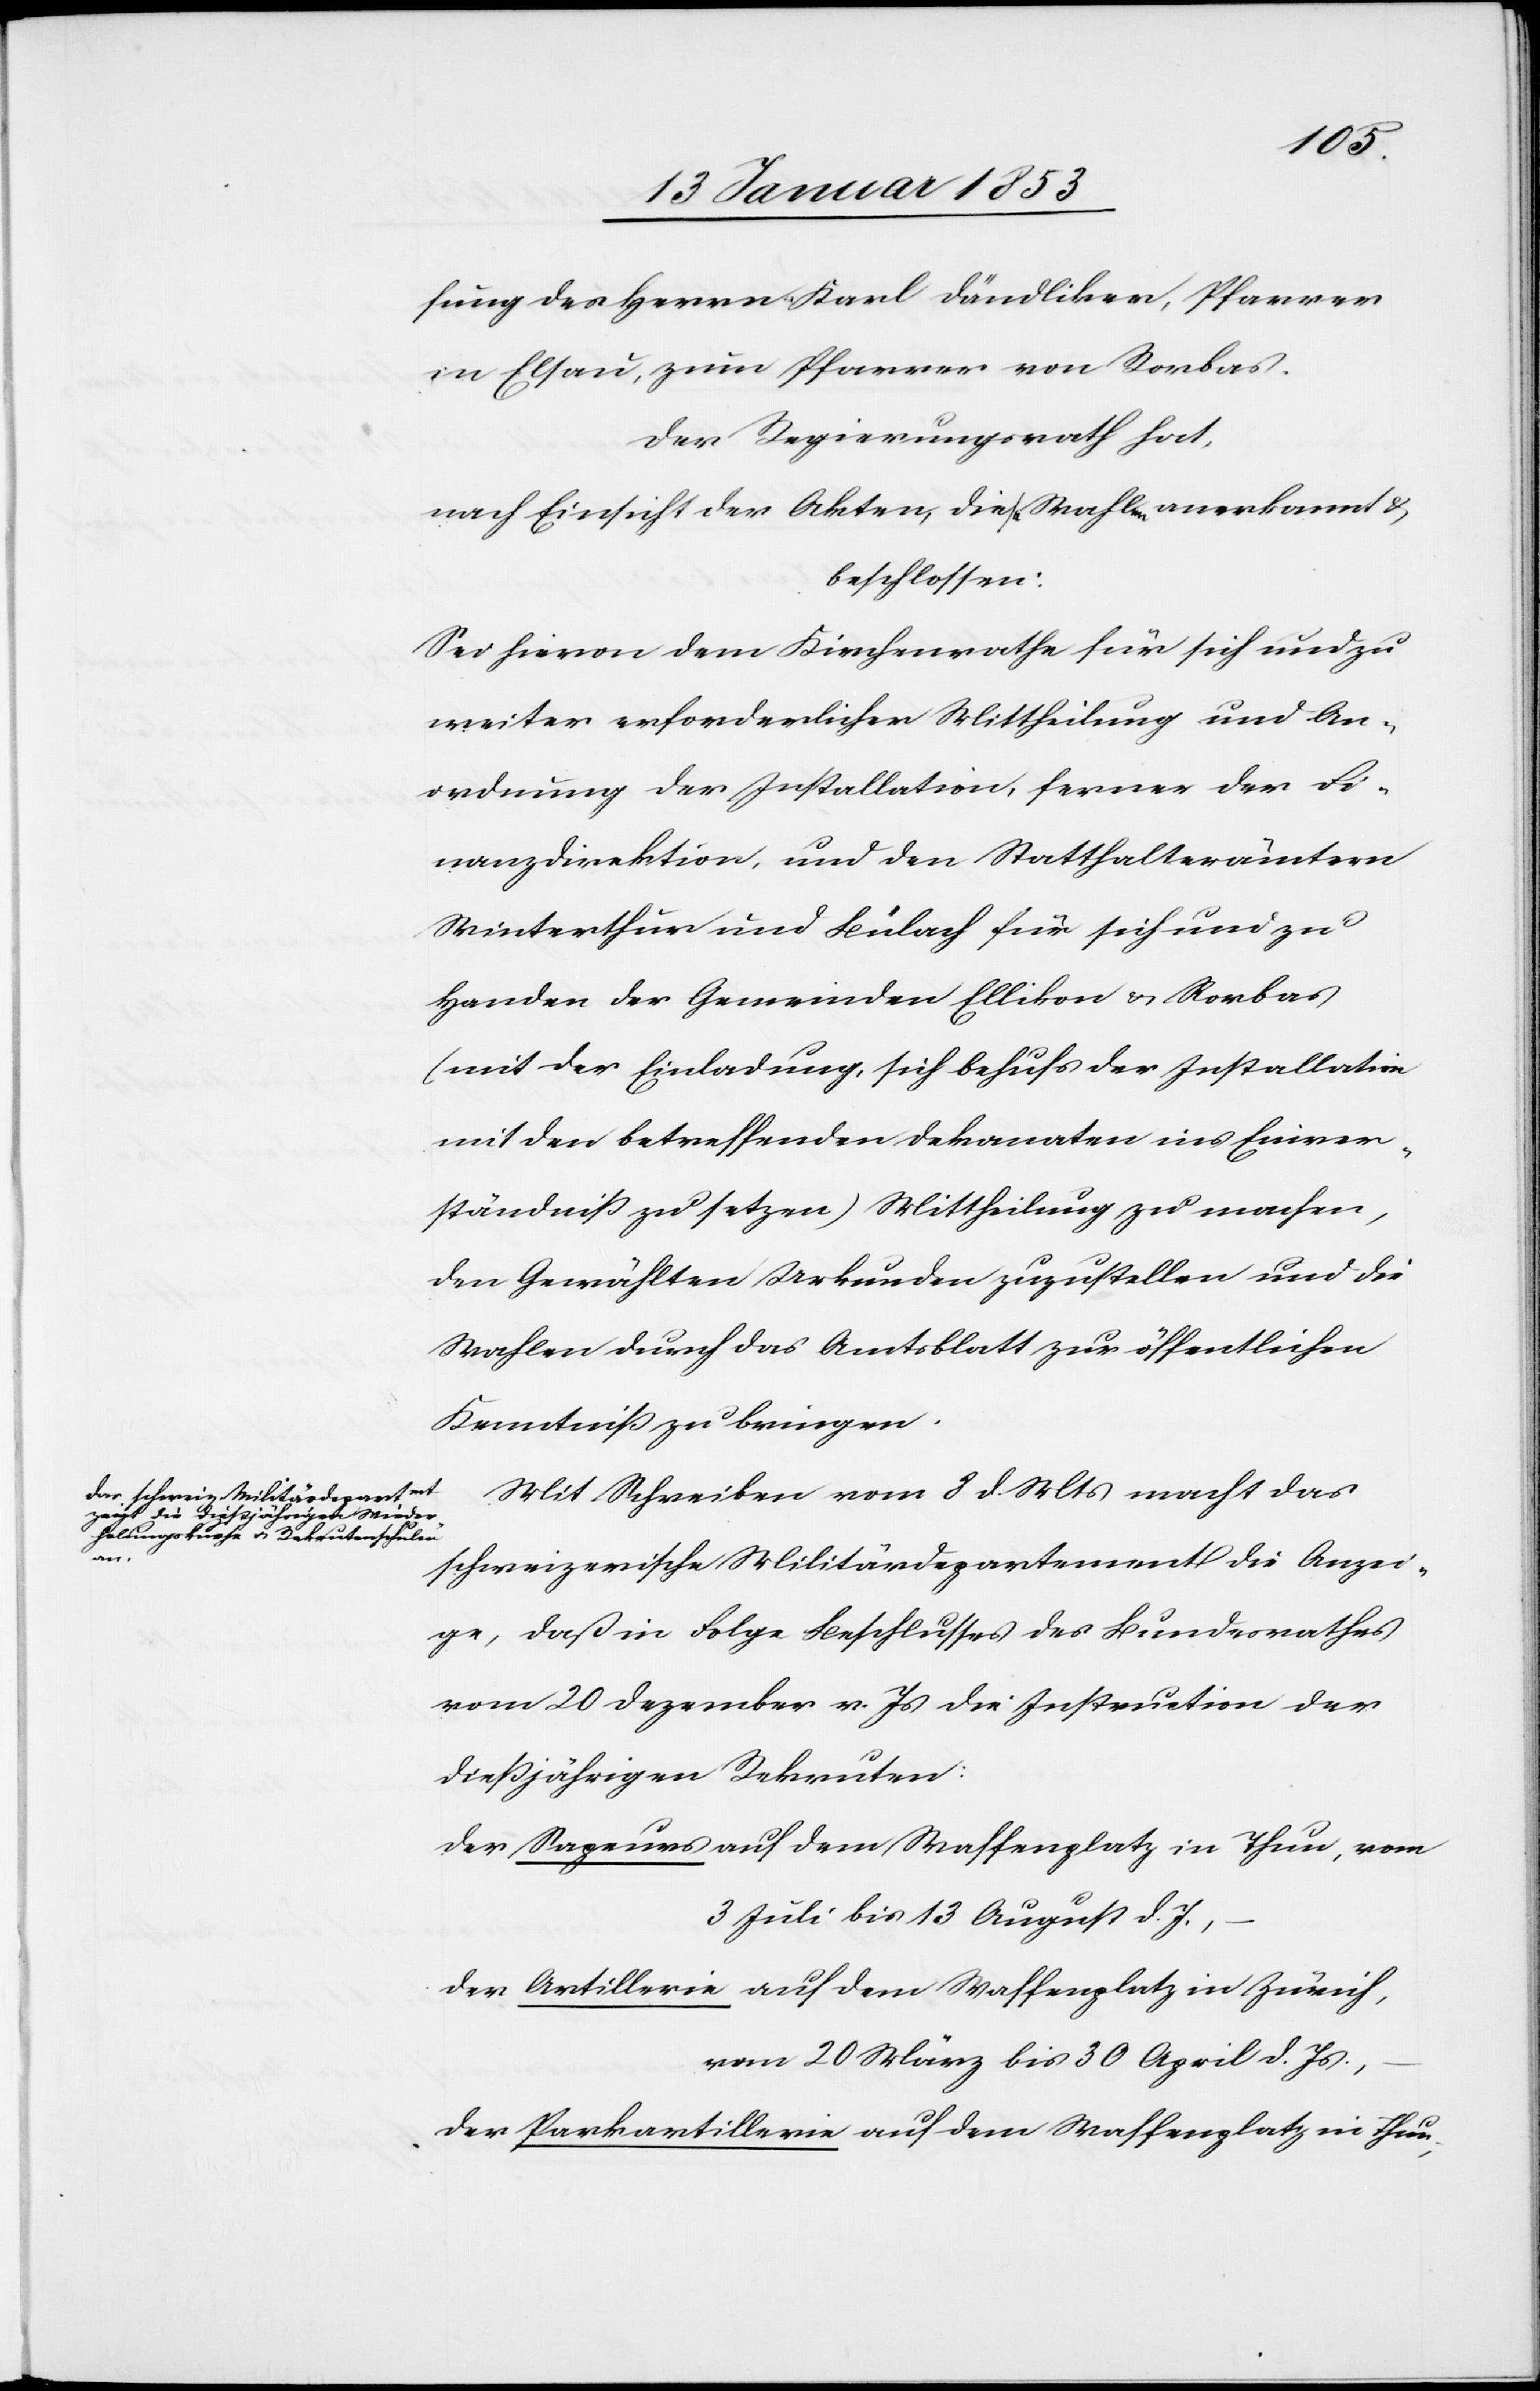
fung des Herr Karl Dändliker, Pfarrer
in Elsau, zum Pfarrer von Rorbas.
Der Regierungsrath hat,
nach Einsicht der Akten, die Wahl anerkannt &
beschlossen:
Sei hievon dem Kirchenrathe für sich und zu
weiter erforderlicher Mittheilung und An¬
ordnung der Installation, ferner der Fi¬
nanzdirektion und den Statthalterämtern
Winterthur und Bülach für sich und zu
Handen der Gemeinden Ellikon u. Rorbas
(mit der Einladung, sich behufs der Installation
mit der betreffenden Dekanaten ins Einver¬
ständniß zu setzen) Mittheilung zu machen,
den Gewählten Urkunden zuzustellen und die
Wahlen durch das Amtsblatt zu öffentlicher
Kenntniß zu bringen.
Mit Schreiben vom 8 d. Mts. macht das
schweizerische Militärdepartement die Anzei¬
ge, daß in Folge Beschlusses des Bundesrathes
vom 20 Dezember v. Js. die Instruktion der
dießjährigen Rekruten:
Der Sapeurs auf den Waffenplatz in Thun, vom
3 Juli bis 13 August d. J.,
Der Artillerie auf dem Waffenplatz in Zürich,
vom 20 März bis 30 April d. Js,
Der Parkartillerie auf dem Waffenplatz in Thun